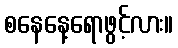
စနေနေ့ရောဖွင့်လား။